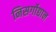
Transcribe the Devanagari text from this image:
निसर्गोद्यान